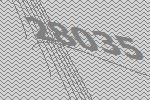
28035